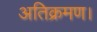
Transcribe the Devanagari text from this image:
अतिक्रमण।